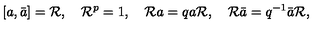
[ a , \bar { a } ] = { \cal R } , \quad { \cal R } ^ { p } = 1 , \quad { \cal R } a = q a { \cal R } , \quad { \cal R } \bar { a } = q ^ { - 1 } \bar { a } { \cal R } ,